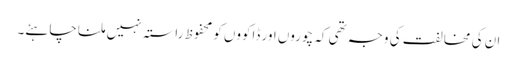
ان کی مخالفت کی وجہ تھی کہ چوروں اور ڈاکووں کو محفوظ راستہ نہیں ملنا چاہئے۔